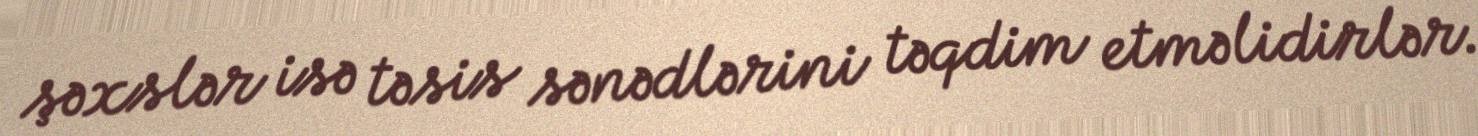
şəxslər isə təsis sənədlərini təqdim etməlidirlər.